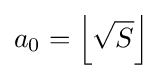
a_{0}=\left\lfloor {\sqrt {S}}\right\rfloor \,\!